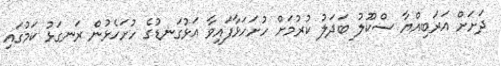
ދަށަށް އަރަބިއްޔާ ސްކޫލު ބަދަލު ކުރުމަށް ހުށަހަޅާފައިވާ އަޅުގަނޑުގެ ހުށަހެޅުން ރަނގަޅު ކަމުގައި